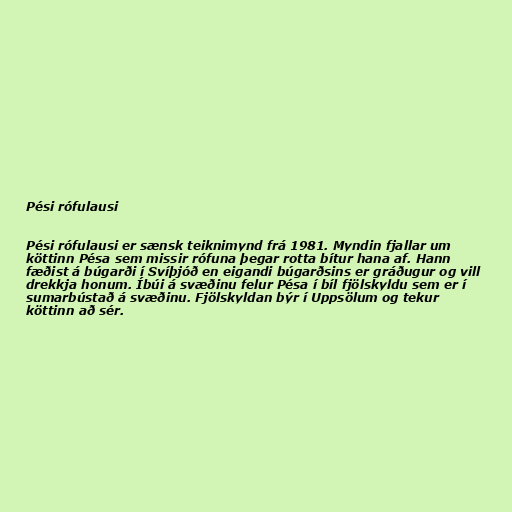
Pési rófulausi

Pési rófulausi er sænsk teiknimynd frá 1981. Myndin fjallar um
köttinn Pésa sem missir rófuna þegar rotta bítur hana af. Hann
fæðist á búgarði í Svíþjóð en eigandi búgarðsins er gráðugur og vill
drekkja honum. Íbúi á svæðinu felur Pésa í bíl fjölskyldu sem er í
sumarbústað á svæðinu. Fjölskyldan býr í Uppsölum og tekur
köttinn að sér.